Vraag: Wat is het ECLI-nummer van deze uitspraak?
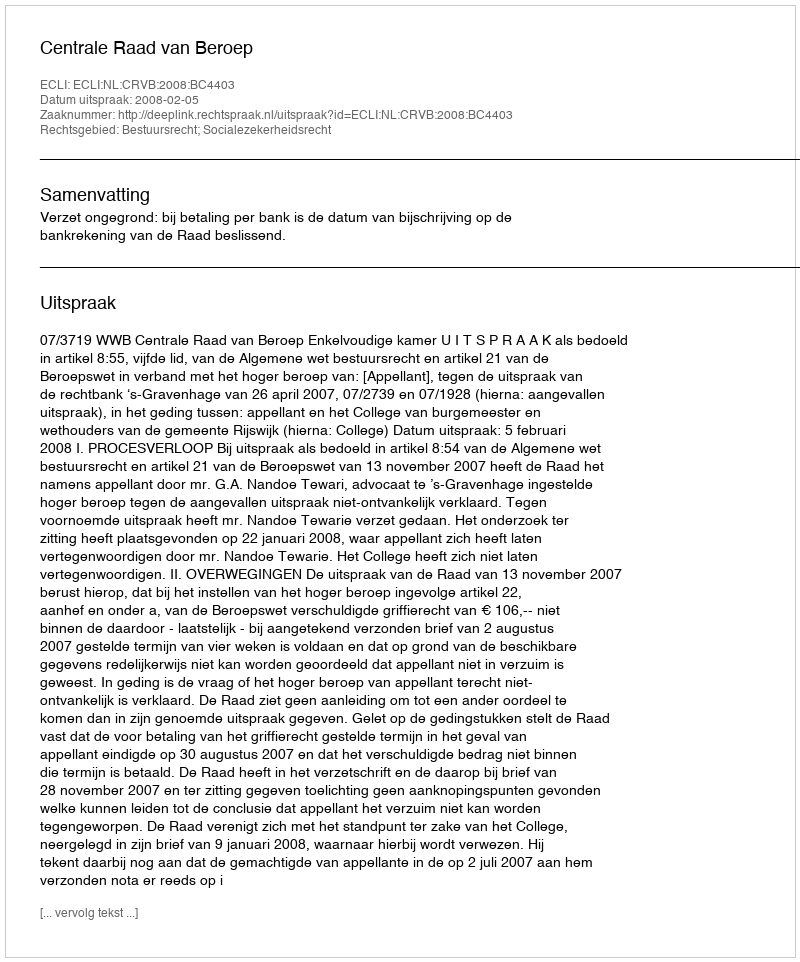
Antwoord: ECLI:NL:CRVB:2008:BC4403